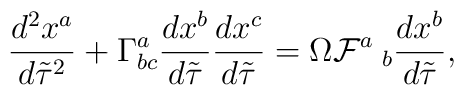
\frac{d^2 x^a}{d\tilde{\tau}^2}+\Gamma^a_{bc}\frac{d x^b}{d\tilde{\tau}}\frac{d x^c}{d\tilde{\tau}}=\Omega{\cal F}^a\hspace*{1mm}_b\frac{d x^b}{d\tilde{\tau}},